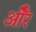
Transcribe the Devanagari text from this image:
ओेैर